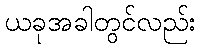
ယခုအခါတွင်လည်း